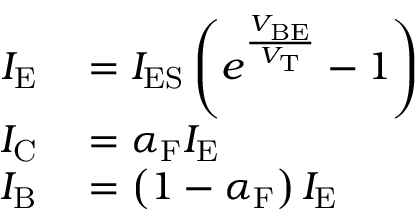
\begin{array} { r l } { I _ { \mathrm { E } } } & { { } = I _ { \mathrm { E S } } \left( e ^ { \frac { V _ { \mathrm { B E } } } { V _ { \mathrm { T } } } } - 1 \right) } \\ { I _ { \mathrm { C } } } & { { } = \alpha _ { \mathrm { F } } I _ { \mathrm { E } } } \\ { I _ { \mathrm { B } } } & { { } = \left( 1 - \alpha _ { \mathrm { F } } \right) I _ { \mathrm { E } } } \end{array}